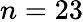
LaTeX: n=23